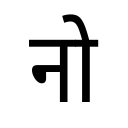
OCR:
नो